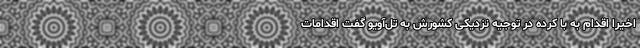
اخیرا اقدام به با کرده در توجیه نزدیکی کشورش به تل‌آویو گفت اقدامات